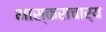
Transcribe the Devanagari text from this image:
भास्‍कराचार्य